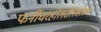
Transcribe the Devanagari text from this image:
फर्नीचरहोलसेलशोरूम